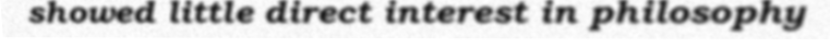
showed little direct interest in philosophy